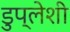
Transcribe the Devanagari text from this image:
डुप्लेशी